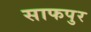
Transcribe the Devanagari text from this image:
साफपुर